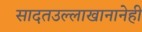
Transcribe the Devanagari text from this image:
सादतउल्लाखानानेही